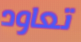
تعاود